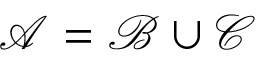
{ \mathcal { A } } = { \mathcal { B } } \cup { \mathcal { C } }